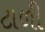
ટાળી